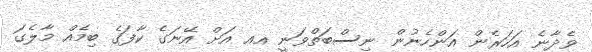
ވެދާނެ އަހަރެން އަންހެނުން ނިސްބަތްވަނީ އއ އަށް އޭނަގެ ކާފަގެ ބިމެއް މާލެގަ